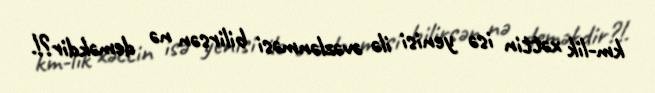
km-lik xəttin isə yenisi ilə əvəzlənməsi bilirsən nə deməkdir?!.